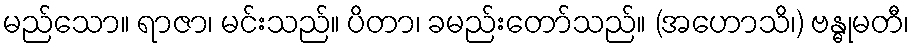
မည်သော။ ရာဇာ၊ မင်းသည်။ ပိတာ၊ ခမည်းတော်သည်။ (အဟောသိ၊) ဗန္ဓုမတီ၊